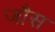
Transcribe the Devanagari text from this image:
जौस